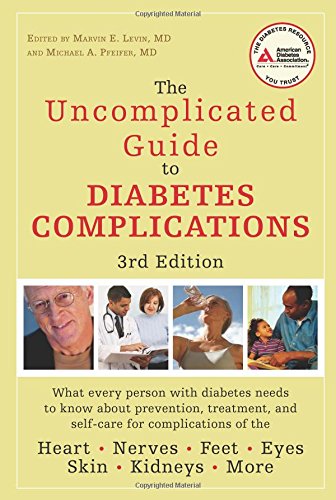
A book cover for The Uncomplicated Guide to Diabetes Complications; Health, Fitness & Dieting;